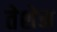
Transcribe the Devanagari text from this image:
तेशेन